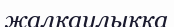
жалқаулыққа